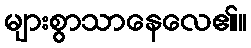
များစွာသာနေလေ၏။